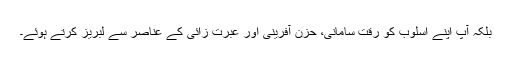
بلکہ آپ اپنے اسلوب کو رقت سامانی، حزن آفرینی اور عبرت زائی کے عناصر سے لبریز کرتے ہوئے۔